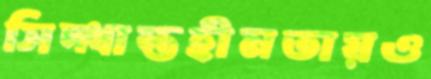
সিদ্ধান্তহীনতায়ও